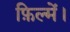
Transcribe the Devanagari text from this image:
फ़िल्में।